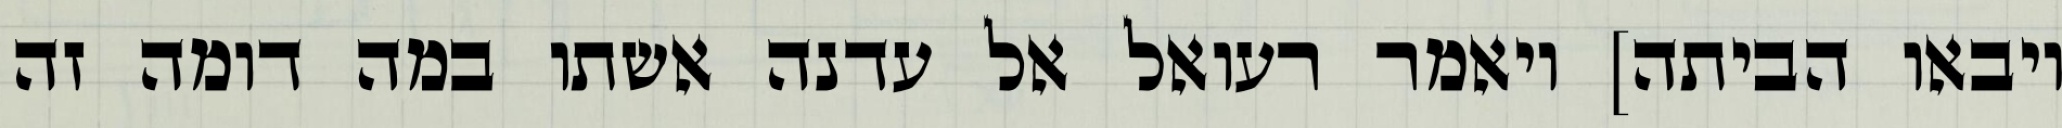
ויבאו הביתה] ויאמר רעואל אל עדנה אשתו במה דומה זה